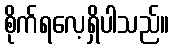
စိုက်ရလေ့ရှိပါသည်။